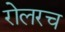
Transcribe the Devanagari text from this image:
रोलरच